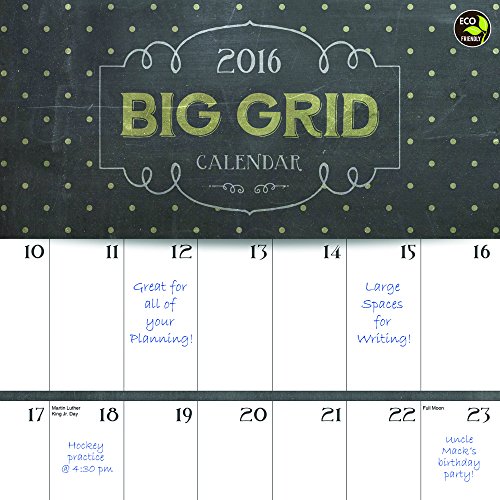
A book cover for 2016 Big Grid Chalk Wall Calendar; TF Publishing; Calendars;